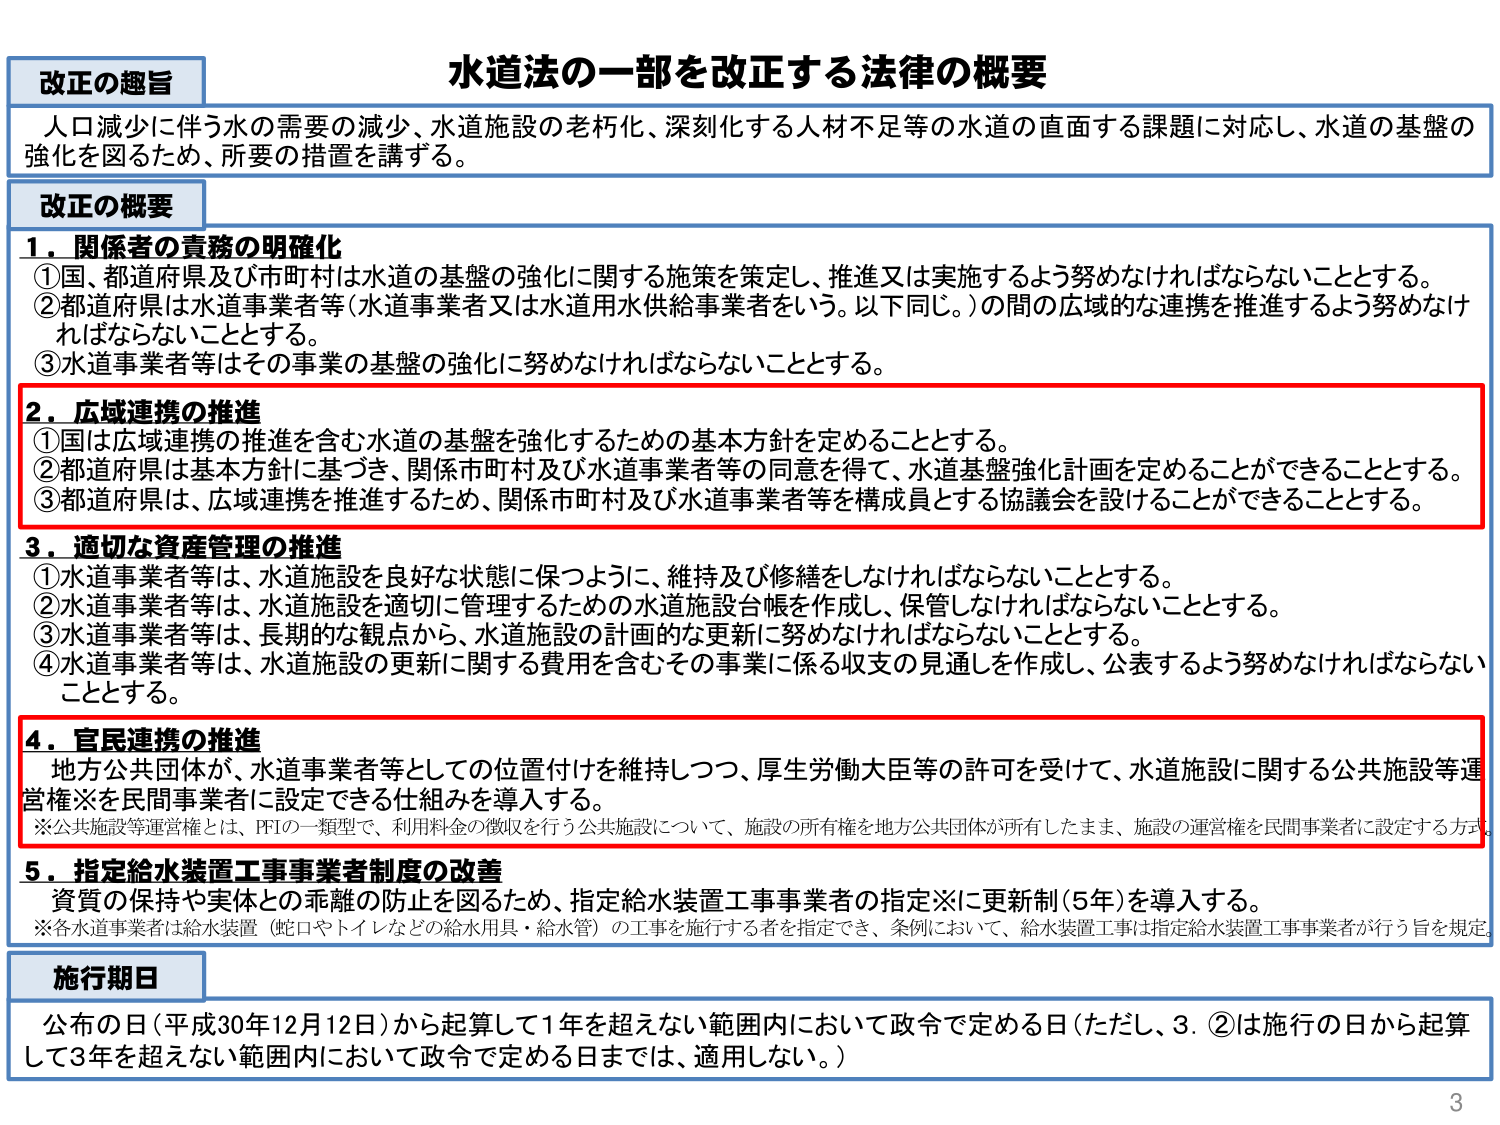
水道法の一部を改正する法律の概要

改正の趣旨
人口減少に伴う水の需要の減少、水道施設の老朽化、深刻化する人材不足等の水道の直面する課題に対応し、水道の基盤の強化を図るため、所要の措置を講ずる。

改正の概要
1．関係者の責務の明確化
①国、都道府県及び市町村は水道の基盤の強化に関する施策を策定し、推進又は実施するよう努めなければならないこととする。
②都道府県は水道事業者等（水道事業者又は水道用水供給事業者をいう。以下同じ。）の間の広域的な連携を推進するよう努めなければならないこととする。
③水道事業者等はその事業の基盤の強化に努めなければならないこととする。

2．広域連携の推進
①国は広域連携の推進を含む水道の基盤を強化するための基本方針を定めることとする。
②都道府県は基本方針に基づき、関係市町村及び水道事業者等の同意を得て、水道基盤強化計画を定めることができることとする。
③都道府県は、広域連携を推進するため、関係市町村及び水道事業者等を構成員とする協議会を設けることができることとする。

3．適切な資産管理の推進
①水道事業者等は、水道施設を良好な状態に保つように、維持及び修繕をしなければならないこととする。
②水道事業者等は、水道施設を適切に管理するための水道施設台帳を作成し、保管しなければならないこととする。
③水道事業者等は、長期的な観点から、水道施設の計画的な更新に努めなければならないこととする。
④水道事業者等は、水道施設の更新に関する費用を含むその事業に係る収支の見通しを作成し、公表するよう努めなければならないこととする。

4．官民連携の推進
地方公共団体が、水道事業者等としての位置付けを維持しつつ、厚生労働大臣等の許可を受けて、水道施設に関する公共施設等運営権※を民間事業者に設定できる仕組みを導入する。
※公共施設等運営権とは、PFIの一類型で、利用料金の徴収を行う公共施設について、施設の所有権を地方公共団体が所有したまま、施設の運営権を民間事業者に設定する方式。

5．指定給水装置工事事業者制度の改善
資質の保持や実体との乖離の防止を図るため、指定給水装置工事事業者の指定※に更新制（5年）を導入する。
※各水道事業者は給水装置（蛇口やトイレなどの給水用具・給水管）の工事を施行する者を指定でき、条例において、給水装置工事は指定給水装置工事事業者が行う旨を規定。

施行期日
公布の日（平成30年12月12日）から起算して1年を超えない範囲内において政令で定める日（ただし、3．②は施行の日から起算して3年を超えない範囲内において政令で定める日までは、適用しない。）

3